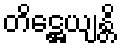
တိဋ္ဌေယျန္တိ